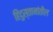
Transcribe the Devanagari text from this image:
हिंदुस्तानांतील